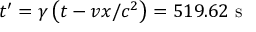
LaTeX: t ^ { \prime } = \gamma \left( t - v x / c ^ { 2 } \right) = 5 1 9 . 6 2 \ { \mathrm { s } }